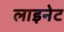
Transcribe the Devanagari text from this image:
लाइनेट